Supplement to the account of plague administration in the Bombay Presidency from September 1896 till May 1897
Year: 1896
Disease focus: Plague
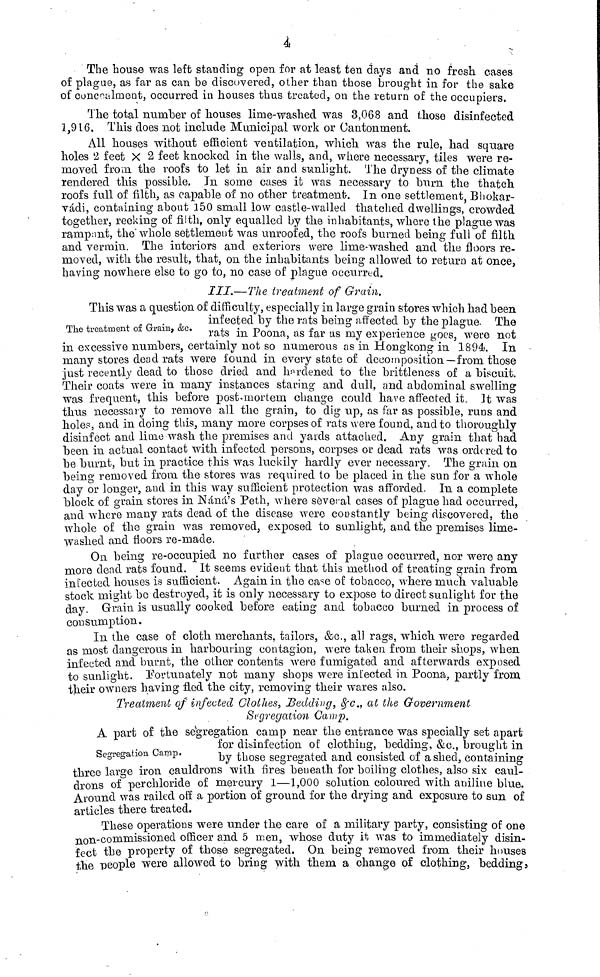
4
The house was left standing open for at least ten days and no fresh cases
of plague, as far as can be discovered, other than those brought in for the sake
of concealment, occurred in houses thus treated, on the return of the occupiers.
The total number of houses lime-washed was 3,068 and those disinfected
1,916. This does not include Municipal work or Cantonment.
All houses without efficient ventilation, which was the rule, had square
holes 2 feet X 2 feet knocked in the walls, and, where necessary, tiles were re-
moved from the roofs to let in air and sunlight. The dryness of the climate
rendered this possible. In some cases it was necessary to burn the thatch
roofs full of filth, as capable of no other treatment. In one settlement Bhokar-
vádi, containing about 150 small low castle-walled thatched dwellings, crowded
together, reeking of filth, only equalled by the inhabitants, where the plague was
rampant, the whole settlement was unroofed, the roofs burned being full of filth
and vermin. The interiors and exteriors were lime-washed and the floors re-
moved, with the result, that, on the inhabitants being allowed to return at once,
having nowhere else to go to, no case of plague occurred.
III.—The treatment of Grain.
This was a question of difficulty, especially in large grain stores which had been
infected by the rats being affected by the plague. The
The treatment of Grain, &c. rats in Poona, as far as my experience goes, were not
in excessive numbers, certainly not so numerous as in Hongkong in 1894. In
many stores dead rats were found in every state of decomposition—from those
just recently dead to those dried and hardened to the brittleness of a biscuit.
Their coats were in many instances staring and dull, and abdominal swelling
was frequent, this before post mortem change could have affected it. It was
thus necessary to remove all the grain, to dig up, as far as possible, runs and
holes, and in doing this, many more corpses of rats were found, and to thoroughly
disinfect and lime wash the premises and yards attached. Any grain that had
been in actual contact with infected persons, corpses or dead rats was ordered to
be burnt, but in practice this was luckily hardly ever necessary. The grain on
being removed from the stores was required to be placed in the sun for a whole
day or longer, and in this way sufficient protection was afforded. In a complete
block of grain stores in Náná's Peth, where several cases of plague had occurred,
and where many rats dead of the disease were constantly being discovered, the
whole of the grain was removed, exposed to sunlight, and the premises lime-
washed and floors re-made.
On being re-occupied no further cases of plague occurred, nor were any
more dead rats found. It seems evident that this method of treating grain from
infected houses is sufficient. Again in the case of tobacco, where much valuable
stock might be destroyed, it is only necessary to expose to direct sunlight for the
day. Grain is usually cooked before eating and tobacco burned in process of
consumption.
In the case of cloth merchants, tailors, &c., all rags, which were regarded
as most dangerous in harbouring contagion, were taken from their shops, when
infected and burnt, the other contents were fumigated and afterwards exposed
to sunlight. Fortunately not many shops were infected in Poona, partly from
their owners having fled the city, removing their wares also.
Treatment of infected Clothes, Bedding, &c., at the Government
Segregation Camp.
A part of the segregation camp near the entrance was specially set apart
for disinfection of clothing, bedding, &c., brought in
Segregation Camp.
by
those segregated and consisted of a shed, containing
three large iron cauldrons with fires beneath for boiling clothes, also six caul-
drons of perchloride of mercury 1—1,000 solution coloured with aniline blue.
Around was railed off a portion of ground for the drying and exposure to sun of
articles there treated.
These operations were under the care of a military party, consisting of one
non-commissioned officer and 5 men, whose duty it was to immediately disin-
fect the property of those segregated. On being removed from their houses
the people were allowed to bring with them a change of clothing, bedding,